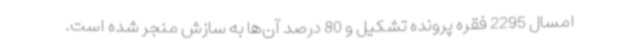
امسال 2295 فقره پرونده تشکیل و 80 درصد آن‌ها به سازش منجر شده است.